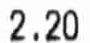
2.20